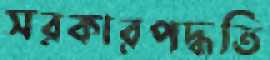
সরকারপদ্ধতি